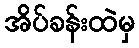
အိပ်ခန်းထဲမှ